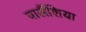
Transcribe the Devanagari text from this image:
वालैंशिया